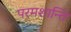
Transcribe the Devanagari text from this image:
परमशान्ति